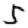
Digit: 5